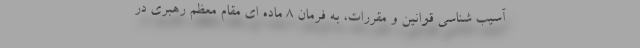
آسیب شناسی قوانین و مقررات، به فرمان 8 ماده ای مقام معظم رهبری در